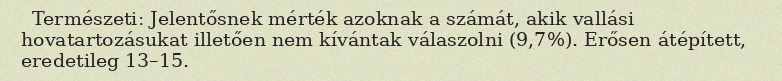
Természeti: Jelentősnek mérték azoknak a számát, akik vallási hovatartozásukat illetően nem kívántak válaszolni (9,7%). Erősen átépített, eredetileg 13–15.